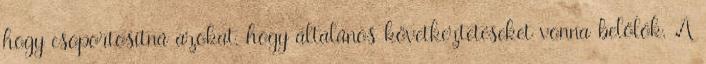
hogy csoportosítná azokat, hogy általános következtetéseket vonna belőlök. A